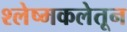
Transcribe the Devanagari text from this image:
श्लेष्मकलेतून